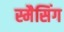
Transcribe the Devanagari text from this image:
स्मैसिंग